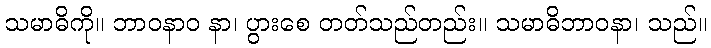
သမာဓိကို။ ဘာဝနာဝ နာ၊ ပွားစေ တတ်သည်တည်း။ သမာဓိဘာဝနာ၊ သည်။